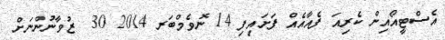
އެސްޓީއޯއިން ކެރިއަ ފެއާއެއް ފަށައިފި 14 ނޮވެމްބަރ 2014 30  ޒުވާނުންނަށް